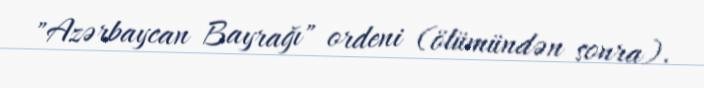
"Azərbaycan Bayrağı" ordeni (ölümündən sonra).